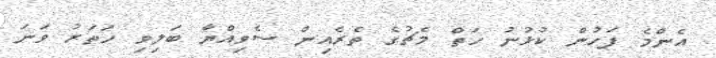
އެންމެ ފަހުން ކުޅުނު ހަތް މެޗުގެ ތެރެއިން ސެވިއްޔާ ބަލިވި ހަތަރު ވަނަ